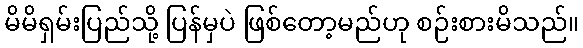
မိမိရှမ်းပြည်သို့ ပြန်မှပဲ ဖြစ်တော့မည်ဟု စဉ်းစားမိသည်။